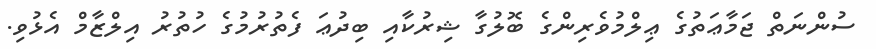
ސުންނަތް ޖަމާޢަތުގެ ޢިލްމުވެރިންގެ ބޮލުގާ ޝިރުކާއި ބިދުޢަ ފެތުރުމުގެ ހުތުރު އިލްޒާމް އެޅުވި.